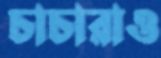
চাচারাও